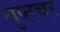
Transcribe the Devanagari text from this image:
गुप्‍तचर